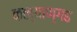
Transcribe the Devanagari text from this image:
कल्याण्गढ